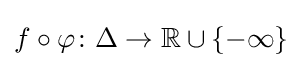
f\circ \varphi \colon \Delta \to {\mathbb {R} }\cup \{-\infty \}